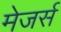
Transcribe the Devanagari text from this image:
मेजर्स